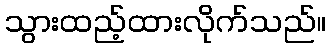
သွားထည့်ထားလိုက်သည်။